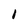
Character: 1